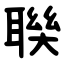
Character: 聫